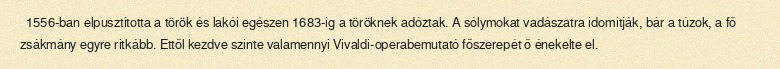
1556-ban elpusztította a török és lakói egészen 1683-ig a töröknek adóztak. A sólymokat vadászatra idomítják, bár a túzok, a fő zsákmány egyre ritkább. Ettől kezdve szinte valamennyi Vivaldi-operabemutató főszerepét ő énekelte el.